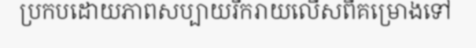
ប្រកបដោយភាពសប្បាយរីករាយលើសពីគម្រោងទៅ